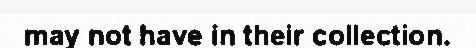
may not have in their collection.